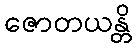
ဇောတယန္တိ